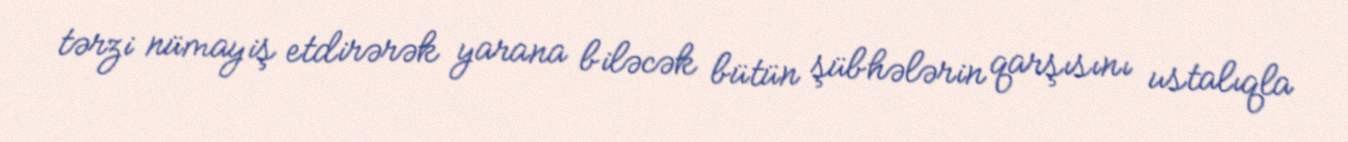
tərzi nümayiş etdirərək yarana biləcək bütün şübhələrin qarşısını ustalıqla